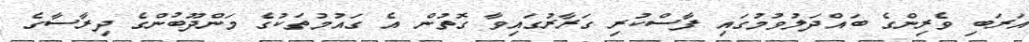
އަރަބި ވެރިންގެ ބައްދަލުވުމުގައި ފާސްކުރި ގަރާރުގައިވާ ގޮތުން އެ ގައުމުތަކުގެ މަންދޫބުންގެ ދިރާސާގެ